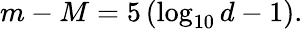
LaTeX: m-M=5\left(\log_{10}d-1\right).